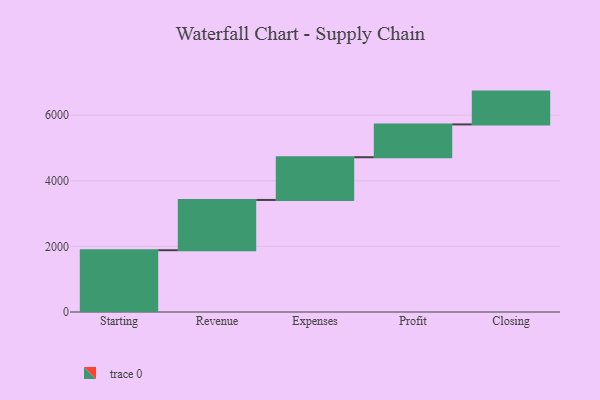
{"axis": {"x": "Step", "y": "Value"}, "legend": [""], "data": [{"x": "Starting", "y": 1883.0, "type": ""}, {"x": "Revenue", "y": 1532.0, "type": ""}, {"x": "Expenses", "y": 1302.0, "type": ""}, {"x": "Profit", "y": 1000, "type": ""}, {"x": "Closing", "y": 1000, "type": ""}]}